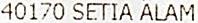
40170 SETIA ALAM